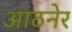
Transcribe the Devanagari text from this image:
आठनेर